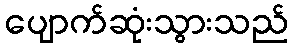
ပျောက်ဆုံးသွားသည်